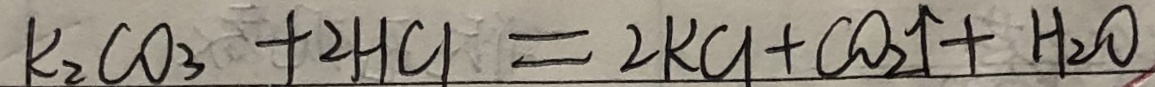
k _ { 2 } C O _ { 3 } + 2 H C l = 2 K C l + C O _ { 2 } \uparrow + H _ { 2 } O